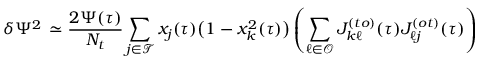
\delta \Psi ^ { 2 } \, \simeq \frac { 2 \Psi ( \tau ) } { N _ { t } } \sum _ { j \in \mathcal { T } } x _ { j } ( \tau ) \big ( 1 - x _ { k } ^ { 2 } ( \tau ) \big ) \left( \sum _ { \ell \in \mathcal { O } } J _ { k \ell } ^ { ( t o ) } ( \tau ) J _ { \ell j } ^ { ( o t ) } ( \tau ) \right)